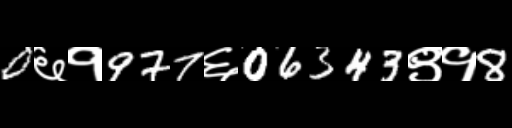
Text: 0६१977६06343९१8